Account of plague administration in the Bombay Presidency from September 1896 till May 1897
Year: 1896
Disease focus: Plague
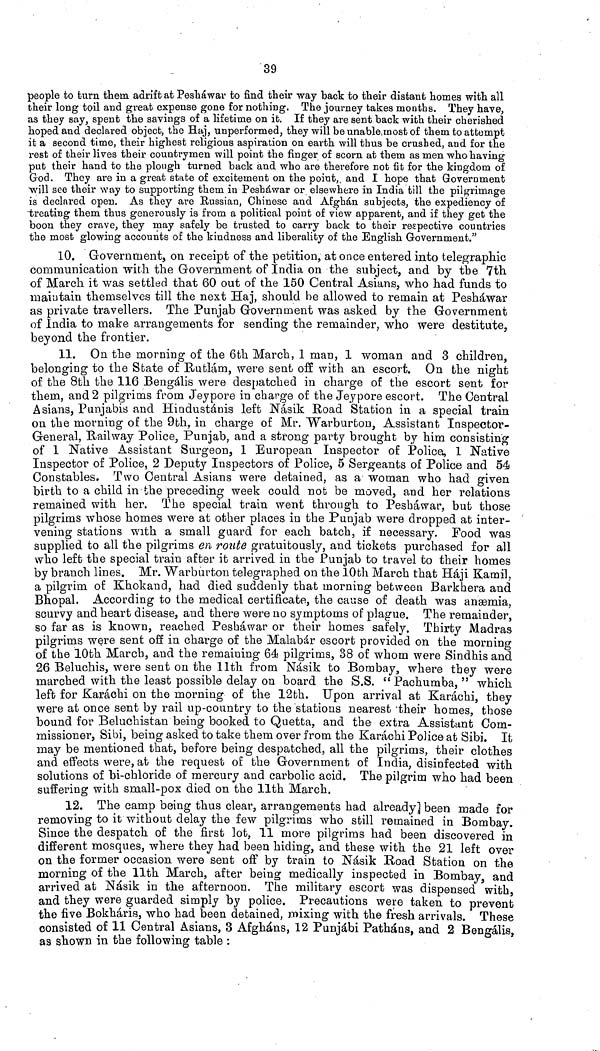
39
people to turn them adrift at Peshawar to find their way back to their distant homes with all
their long toil and great expense gone for nothing. The journey takes months. They have,
as they say, spent the savings of a lifetime on it. If they are sent back with their cherished
hoped and declared object, the Haj, unperformed, they willbennable.mostof them to attempt
it a second time, their highest religious aspiration on earth will thus be crushed, and for the
rest of their lives their countrymen will point the finger of scorn at them as men who having
put their hand to the plough turned back and who are therefore not fit for the kingdom of
God. They are in a great state of excitement on the point, and I hope that Government
Λνίΐΐ see their way to supporting them in Peshawar or elsewhere in India till the pilgrimage
is declared open. As they are Russian, Chinese and Afghan subjects, the expediency of
treating them thus generously is from a political point of view apparent, and if they get the
boon they crave, they may safely be trusted to carry back to their respective countries
the most glowing accounts of the kindness and liberality of the English Government."
10. Government, on receipt of the petition, at once entered into telegraphic
communication with the Government of India on the subject, and by the 7th
of March it was settled that 60 out of the 150 Central Asians, who had funds to
maintain themselves till the next Haj, should be allowed to remain at Peshawar
as private travellers. The Punjab Government was asked by the Government
of India to make arrangements for sending the remainder, who were destitute,
beyond the frontier.
11. On the morning of the 6th March, 1 man, 1 woman and 3 children,
belonging to the State of Hutlarn, were sent off with an escort. On the night
of the 8th the 116 Bengalis were despatched in charge of the escort sent for
them, and 2 pilgrims from Jeypore in charge of the Jeypore escort. The Central
Asians, Punjabis and Hindustanis left Nasik Road Station in a special train
on the morning of the 9th, in charge of Mr. "Warburton, Assistant Inspector-
General, Railway Police, Punjab, and a strong party brought by him consisting
of 1 Native Assistant Surgeon, 1 European Inspector of Police, 1 Native
Inspector of Police, 2 Deputy Inspectors of Police, 5 Sergeants of Police and 54
Constables. Two Central Asians were detained, as a woman who had given
birth to a child in the preceding week could not be moved, and her relations
remained with her. The special train went through to Peshawar, but those
pilgrims whose homes were at other places in the Punjab were dropped at inter-
vening stations with a small guard for each batch, if necessary. Food was
supplied to all the pilgrims en route gratuitously, and tickets purchased for all
who left the special train after it arrived in the Punjab to travel to their homes
by branch lines. Mr. Warburton telegraphed on the 10th March that Hàji Kamil,
a pilgrim, of Khokand, had died suddenly that morning between Barkhera and
Bhopal. According to the medical certificate, the cause of death was anaemia,
scurvy and heart disease, and there were no symptoms of plague. The remainder,
so far as is known, reached Peshawar or their homes safely. Thirty Madras
pilgrims were sent off in charge of the Malabar escort provided on the morning
of the 10th Marcb, and the remaining 64 pilgrims, 38 of whom were Sindhis and
26 Beluchis, were sent on the llth from Nasik to Bombay, where they were
marched with the least possible delay on board the S.S. " Pachumba, " which
left for Karachi on the morning of the 12th. Upon arrival at Karachi, tbey
were at once sent by rail up-country to the stations nearest 'their homes, those
bound for Beluchistan being booked to Quetta, and the extra Assistant Com-
missioner, Sibi, being asked to take them over from the Karachi Police at Sibi. It
may be mentioned that, before being despatched, all the pilgrims, their clothes
and effects were, at the request of the Government of India, disinfected with
solutions of bi-chloride of mercury and carbolic acid. The pilgrim who had been
suffering with small-pox died on the llth March.
12. The camp being thus clear, arrangements had already] been made for
removing to it without delay the few pilgrims who still remained in Bombay.
Since the despatch of the first lot, 11 more pilgrims had been discovered in
different mosques, where they had been hiding, and these with the 21 left over
on the former occasion were sent off by train to Nasik Road Station on the
morning of the llth March, after being medically inspected in Bombay, and
arrived at Nasik in the afternoon. The military escort was dispensed with,
and they were guarded simply by police. Precautions were taken to prevent
the five Bokharis, who had been detained, mixing with the fresh arrivals. These
consisted of 11 Central Asians, 3 Afghans, 12 Punjabi Pathàns, and 2 Bengalis,
as shown in the following table :